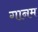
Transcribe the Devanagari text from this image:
गानम